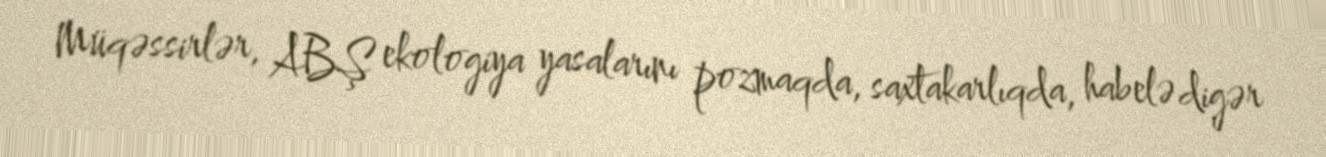
Müqəssirlər, ABŞ ekologiya yasalarını pozmaqda, saxtakarlıqda, habelə digər